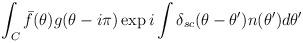
LaTeX: \begin{align*}\int_{C}\bar{f}(\theta )g(\theta -i\pi )\exp i\int \delta _{sc}(\theta-\theta ^{\prime })n(\theta ^{\prime })d\theta ^{\prime }\end{align*}